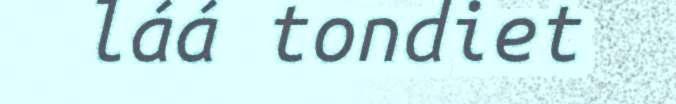
láá tondiet